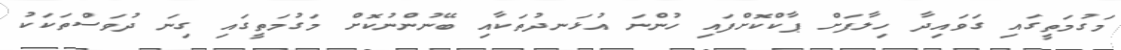
މަގުމަތީގައި ގަވައިދާ ހިލާފަށް ޕާކްކޮށްފައި ހުންނަ އުޅަނދުތަކާއި ބޭނުންނުކޮށް މަގުމަތީގައި ގިނަ ދުވަސްތަކަކު